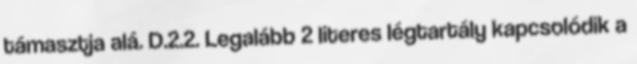
támasztja alá. D.2.2. Legalább 2 literes légtartály kapcsolódik a